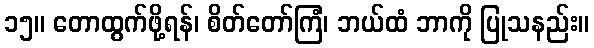
၁၅။ တောထွက်ဖို့ရန်၊ စိတ်တော်ကြံ၊ ဘယ်ထံ ဘာကို ပြုသနည်း။